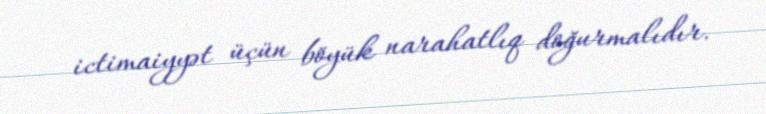
ictimaiyyət üçün böyük narahatlıq doğurmalıdır.